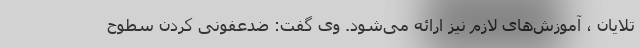
تلایان ، آموزش‌های لازم نیز ارائه می‌شود. وی گفت: ضدعفونی کردن سطوح